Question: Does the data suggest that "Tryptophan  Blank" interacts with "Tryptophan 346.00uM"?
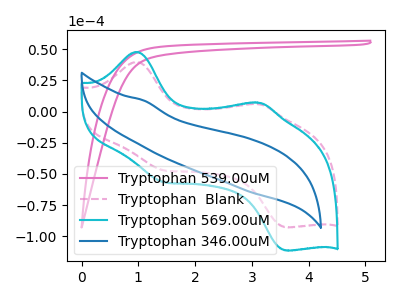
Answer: <think>The pink curve "Tryptophan 539.00uM" has no peaks. The pink dashed curve "Tryptophan  Blank" has anodic peaks at (1.00V, 39.85uA) (3.15V, 5.90uA) and cathodic peaks at (1.45V, -47.15uA) (3.60V, -92.85uA). The cyan curve "Tryptophan 569.00uM" has anodic peaks at (1.00V, 47.85uA) (3.15V, 7.10uA) and cathodic peaks at (1.45V, -56.60uA) (3.60V, -111.45uA). The blue curve "Tryptophan 346.00uM" has no peaks.
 "Tryptophan  Blank" and "Tryptophan 346.00uM" have a different number of peaks.</think>
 <answer>Yes, "Tryptophan  Blank" and "Tryptophan 346.00uM" are different in shape.</answer>
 <eval>yes_change</eval>